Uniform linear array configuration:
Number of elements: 8
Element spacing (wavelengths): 0.5
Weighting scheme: hamming
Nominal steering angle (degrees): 30
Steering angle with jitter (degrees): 28.571
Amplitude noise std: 0.05
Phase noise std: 0.05

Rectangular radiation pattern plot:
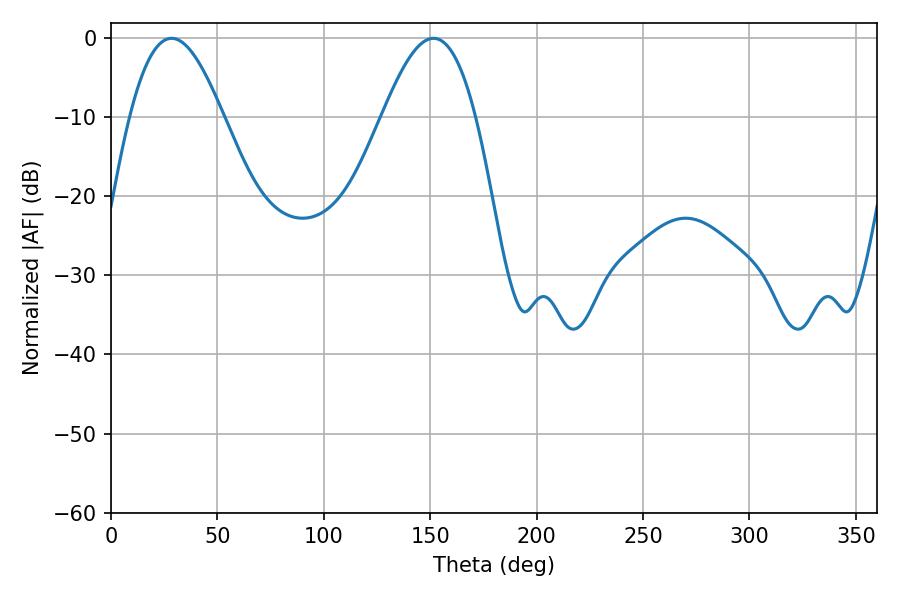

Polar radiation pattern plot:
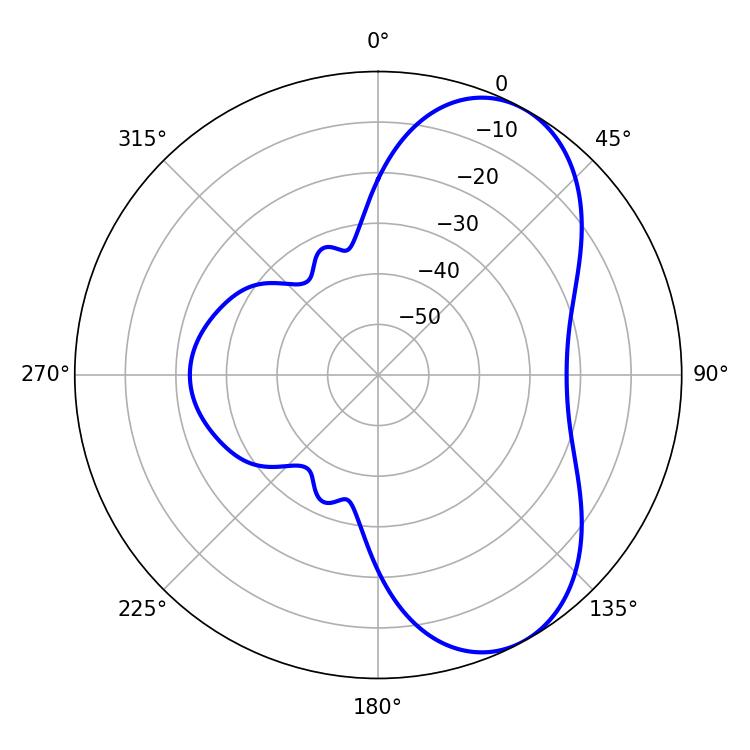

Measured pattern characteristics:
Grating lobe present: FALSE
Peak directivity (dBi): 6.504
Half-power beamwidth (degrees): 23.76
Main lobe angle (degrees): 28.44